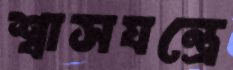
শ্বাসযন্ত্রে